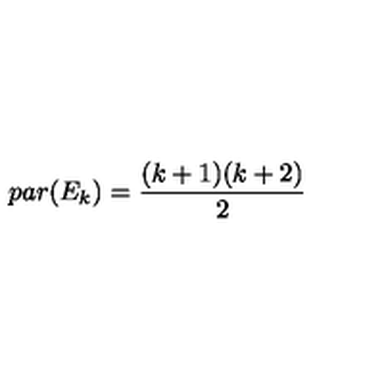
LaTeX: p a r ( E _ { k } ) = { \frac { ( k + 1 ) ( k + 2 ) } { 2 } }